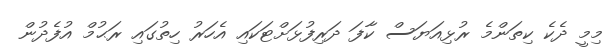
މިމީ ދެކެ ކިތަންމެ ރުޅިއަޔަސް ކާފަ ދަރިފުޅަށްޓަކައި އެހަރު ހިތުގައި ރަޙުމް އުފެދުން